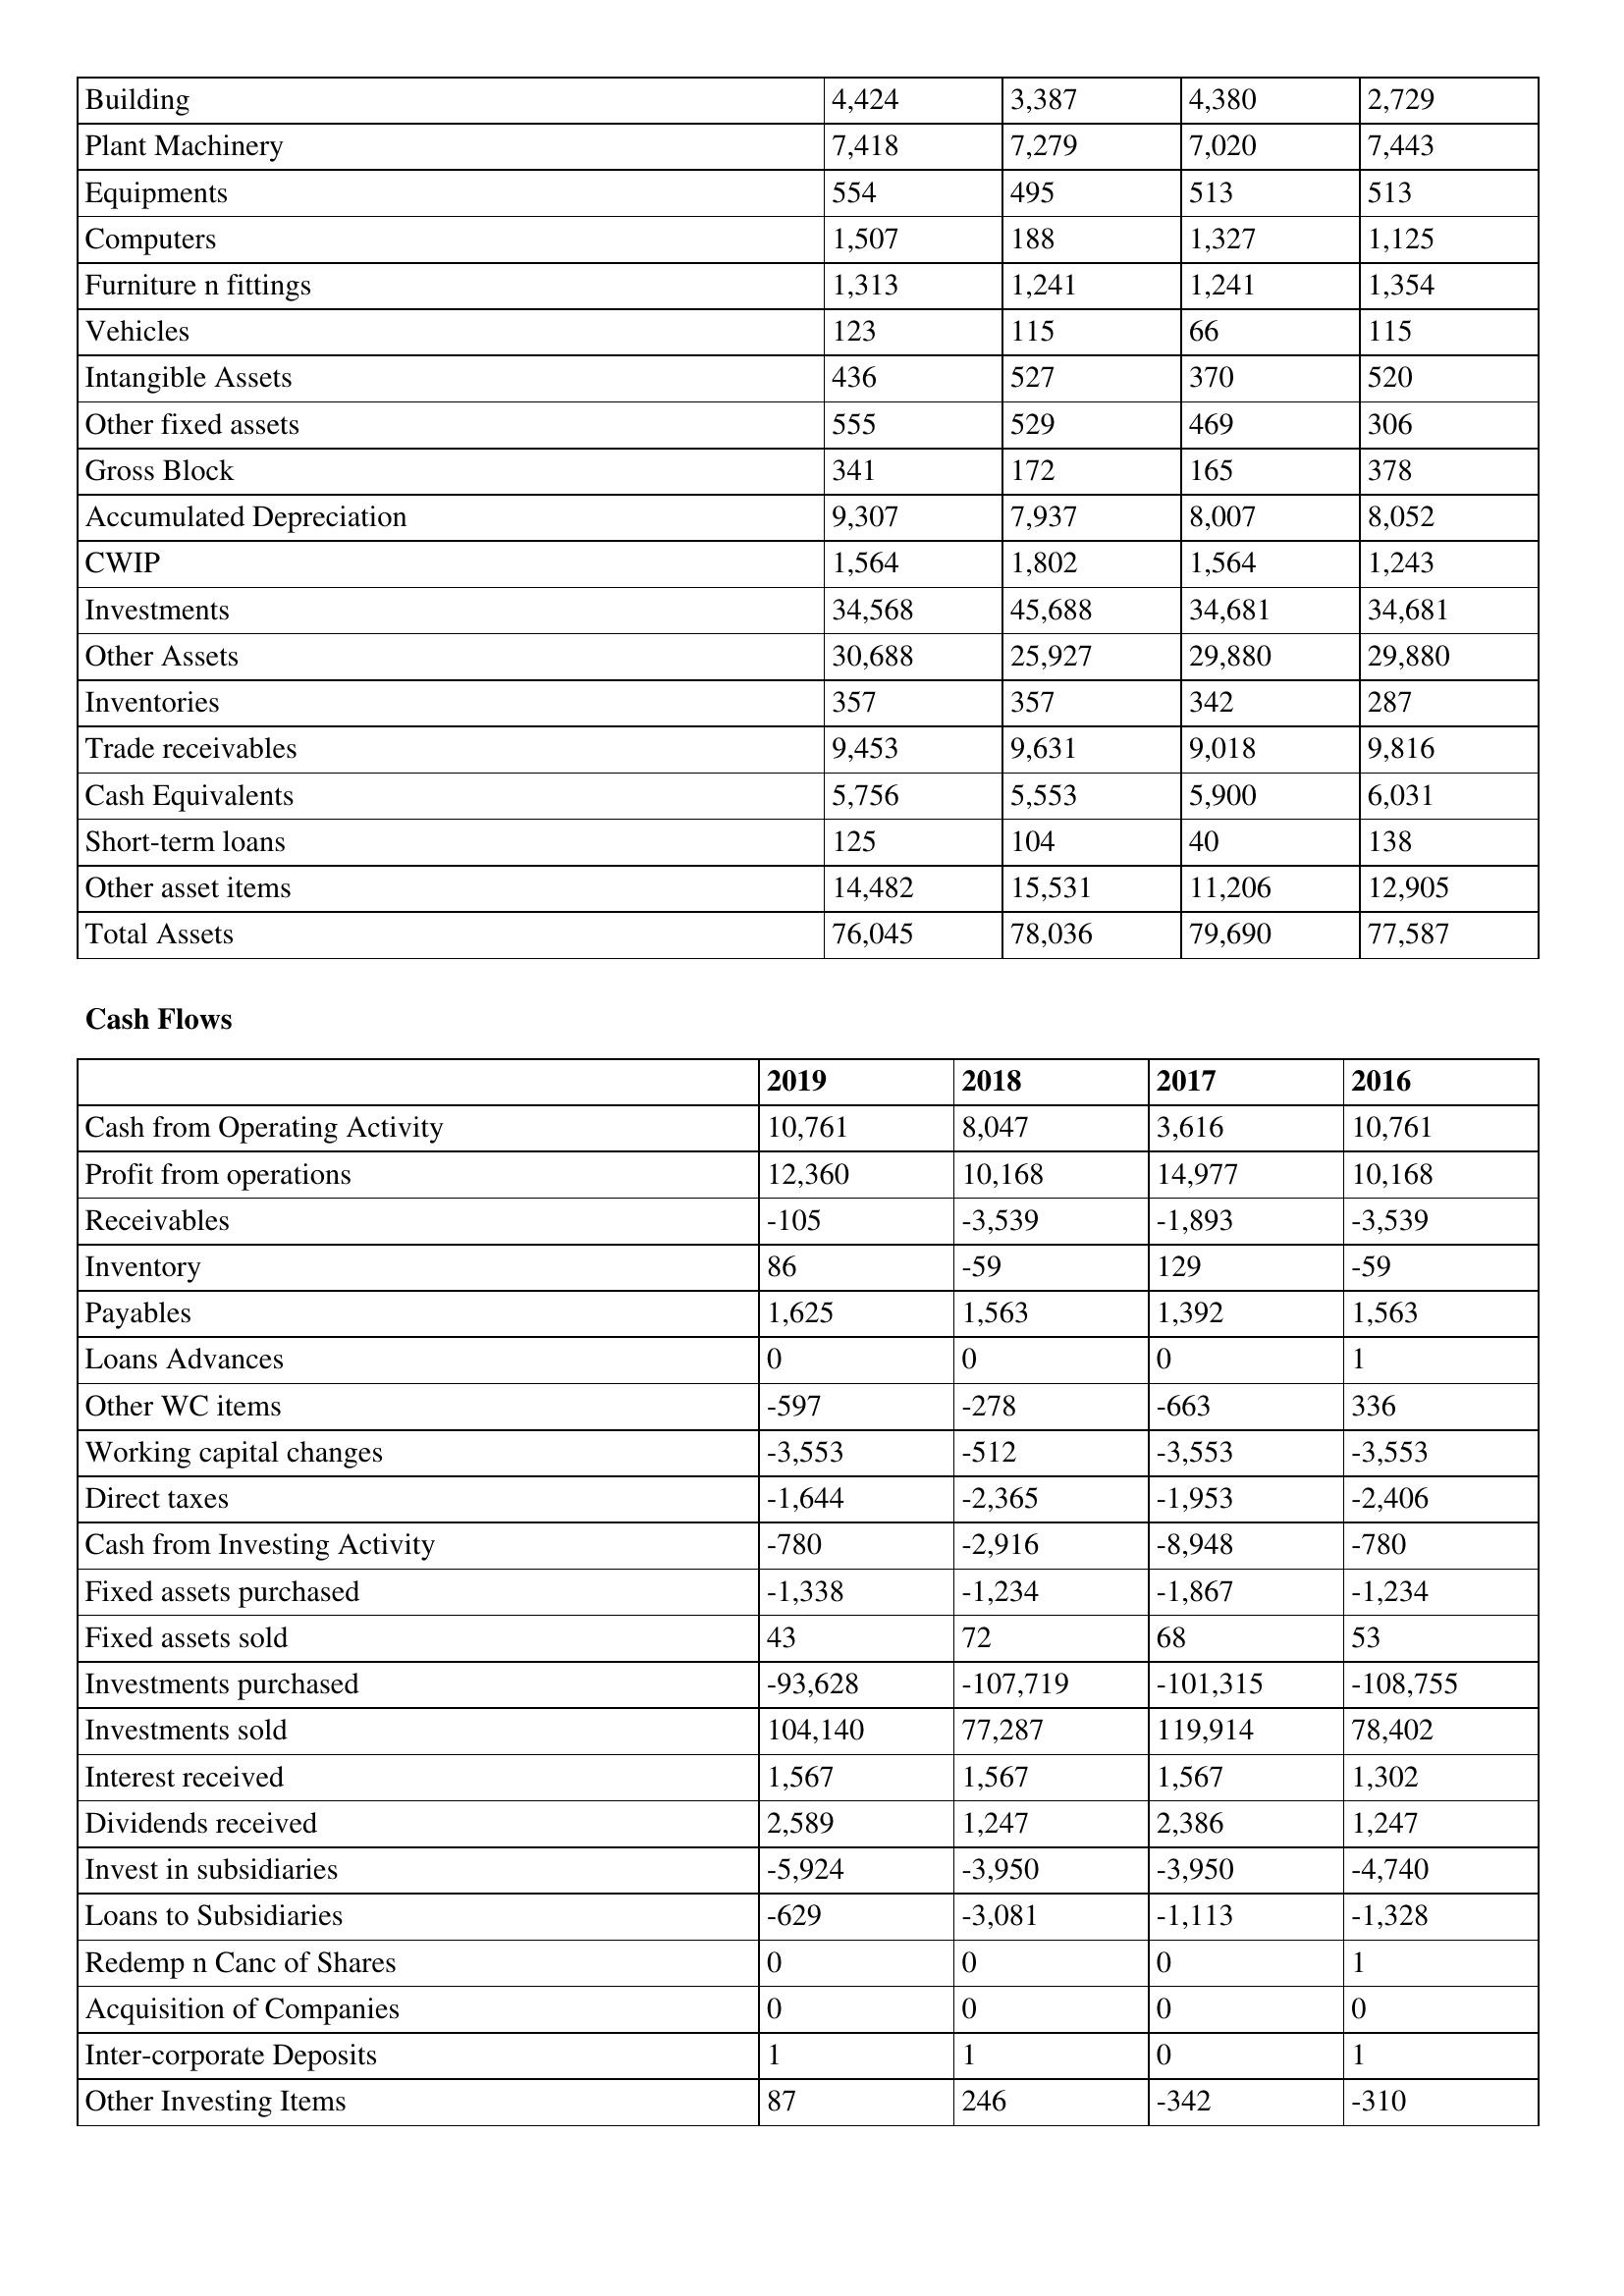
gt_parse: 2019: Balance Sheet: Building: 4,424
Plant Machinery: 7,418
Equipments: 554
Computers: 1,507
Furniture n fittings: 1,313
Vehicles: 123
Intangible Assets: 436
Other fixed assets: 555
Gross Block: 341
Accumulated Depreciation: 9,307
CWIP: 1,564
Investments: 34,568
Other Assets: 30,688
Inventories: 357
Trade receivables: 9,453
Cash Equivalents: 5,756
Short-term loans: 125
Other asset items: 14,482
Total Assets: 76,045
Cash Flows: Cash from Operating Activity: 10,761
Profit from operations: 12,360
Receivables: -105
Inventory: 86
Payables: 1,625
Loans Advances: 0
Other WC items: -597
Working capital changes: -3,553
Direct taxes: -1,644
Cash from Investing Activity: -780
Fixed assets purchased: -1,338
Fixed assets sold: 43
Investments purchased: -93,628
Investments sold: 104,140
Interest received: 1,567
Dividends received: 2,589
Invest in subsidiaries: -5,924
Loans to Subsidiaries: -629
Redemp n Canc of Shares: 0
Acquisition of Companies: 0
Inter-corporate Deposits: 1
Other Investing Items: 87
2018: Balance Sheet: Building: 3,387
Plant Machinery: 7,279
Equipments: 495
Computers: 188
Furniture n fittings: 1,241
Vehicles: 115
Intangible Assets: 527
Other fixed assets: 529
Gross Block: 172
Accumulated Depreciation: 7,937
CWIP: 1,802
Investments: 45,688
Other Assets: 25,927
Inventories: 357
Trade receivables: 9,631
Cash Equivalents: 5,553
Short-term loans: 104
Other asset items: 15,531
Total Assets: 78,036
Cash Flows: Cash from Operating Activity: 8,047
Profit from operations: 10,168
Receivables: -3,539
Inventory: -59
Payables: 1,563
Loans Advances: 0
Other WC items: -278
Working capital changes: -512
Direct taxes: -2,365
Cash from Investing Activity: -2,916
Fixed assets purchased: -1,234
Fixed assets sold: 72
Investments purchased: -107,719
Investments sold: 77,287
Interest received: 1,567
Dividends received: 1,247
Invest in subsidiaries: -3,950
Loans to Subsidiaries: -3,081
Redemp n Canc of Shares: 0
Acquisition of Companies: 0
Inter-corporate Deposits: 1
Other Investing Items: 246
2017: Balance Sheet: Building: 4,380
Plant Machinery: 7,020
Equipments: 513
Computers: 1,327
Furniture n fittings: 1,241
Vehicles: 66
Intangible Assets: 370
Other fixed assets: 469
Gross Block: 165
Accumulated Depreciation: 8,007
CWIP: 1,564
Investments: 34,681
Other Assets: 29,880
Inventories: 342
Trade receivables: 9,018
Cash Equivalents: 5,900
Short-term loans: 40
Other asset items: 11,206
Total Assets: 79,690
Cash Flows: Cash from Operating Activity: 3,616
Profit from operations: 14,977
Receivables: -1,893
Inventory: 129
Payables: 1,392
Loans Advances: 0
Other WC items: -663
Working capital changes: -3,553
Direct taxes: -1,953
Cash from Investing Activity: -8,948
Fixed assets purchased: -1,867
Fixed assets sold: 68
Investments purchased: -101,315
Investments sold: 119,914
Interest received: 1,567
Dividends received: 2,386
Invest in subsidiaries: -3,950
Loans to Subsidiaries: -1,113
Redemp n Canc of Shares: 0
Acquisition of Companies: 0
Inter-corporate Deposits: 0
Other Investing Items: -342
2016: Balance Sheet: Building: 2,729
Plant Machinery: 7,443
Equipments: 513
Computers: 1,125
Furniture n fittings: 1,354
Vehicles: 115
Intangible Assets: 520
Other fixed assets: 306
Gross Block: 378
Accumulated Depreciation: 8,052
CWIP: 1,243
Investments: 34,681
Other Assets: 29,880
Inventories: 287
Trade receivables: 9,816
Cash Equivalents: 6,031
Short-term loans: 138
Other asset items: 12,905
Total Assets: 77,587
Cash Flows: Cash from Operating Activity: 10,761
Profit from operations: 10,168
Receivables: -3,539
Inventory: -59
Payables: 1,563
Loans Advances: 1
Other WC items: 336
Working capital changes: -3,553
Direct taxes: -2,406
Cash from Investing Activity: -780
Fixed assets purchased: -1,234
Fixed assets sold: 53
Investments purchased: -108,755
Investments sold: 78,402
Interest received: 1,302
Dividends received: 1,247
Invest in subsidiaries: -4,740
Loans to Subsidiaries: -1,328
Redemp n Canc of Shares: 1
Acquisition of Companies: 0
Inter-corporate Deposits: 1
Other Investing Items: -310